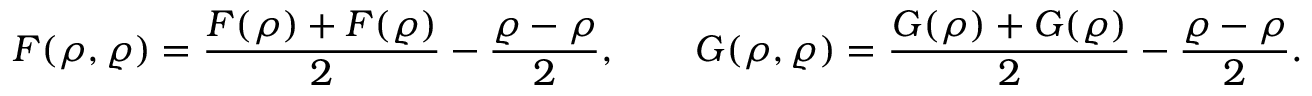
\boldsymbol { F } ( \boldsymbol { \rho } , \boldsymbol { \varrho } ) = \frac { \boldsymbol { F } ( \boldsymbol { \rho } ) + \boldsymbol { F } ( \boldsymbol { \varrho } ) } { 2 } - \frac { \boldsymbol { \varrho } - \boldsymbol { \rho } } { 2 } , \qquad \boldsymbol { G } ( \boldsymbol { \rho } , \boldsymbol { \varrho } ) = \frac { \boldsymbol { G } ( \boldsymbol { \rho } ) + \boldsymbol { G } ( \boldsymbol { \varrho } ) } { 2 } - \frac { \boldsymbol { \varrho } - \boldsymbol { \rho } } { 2 } .